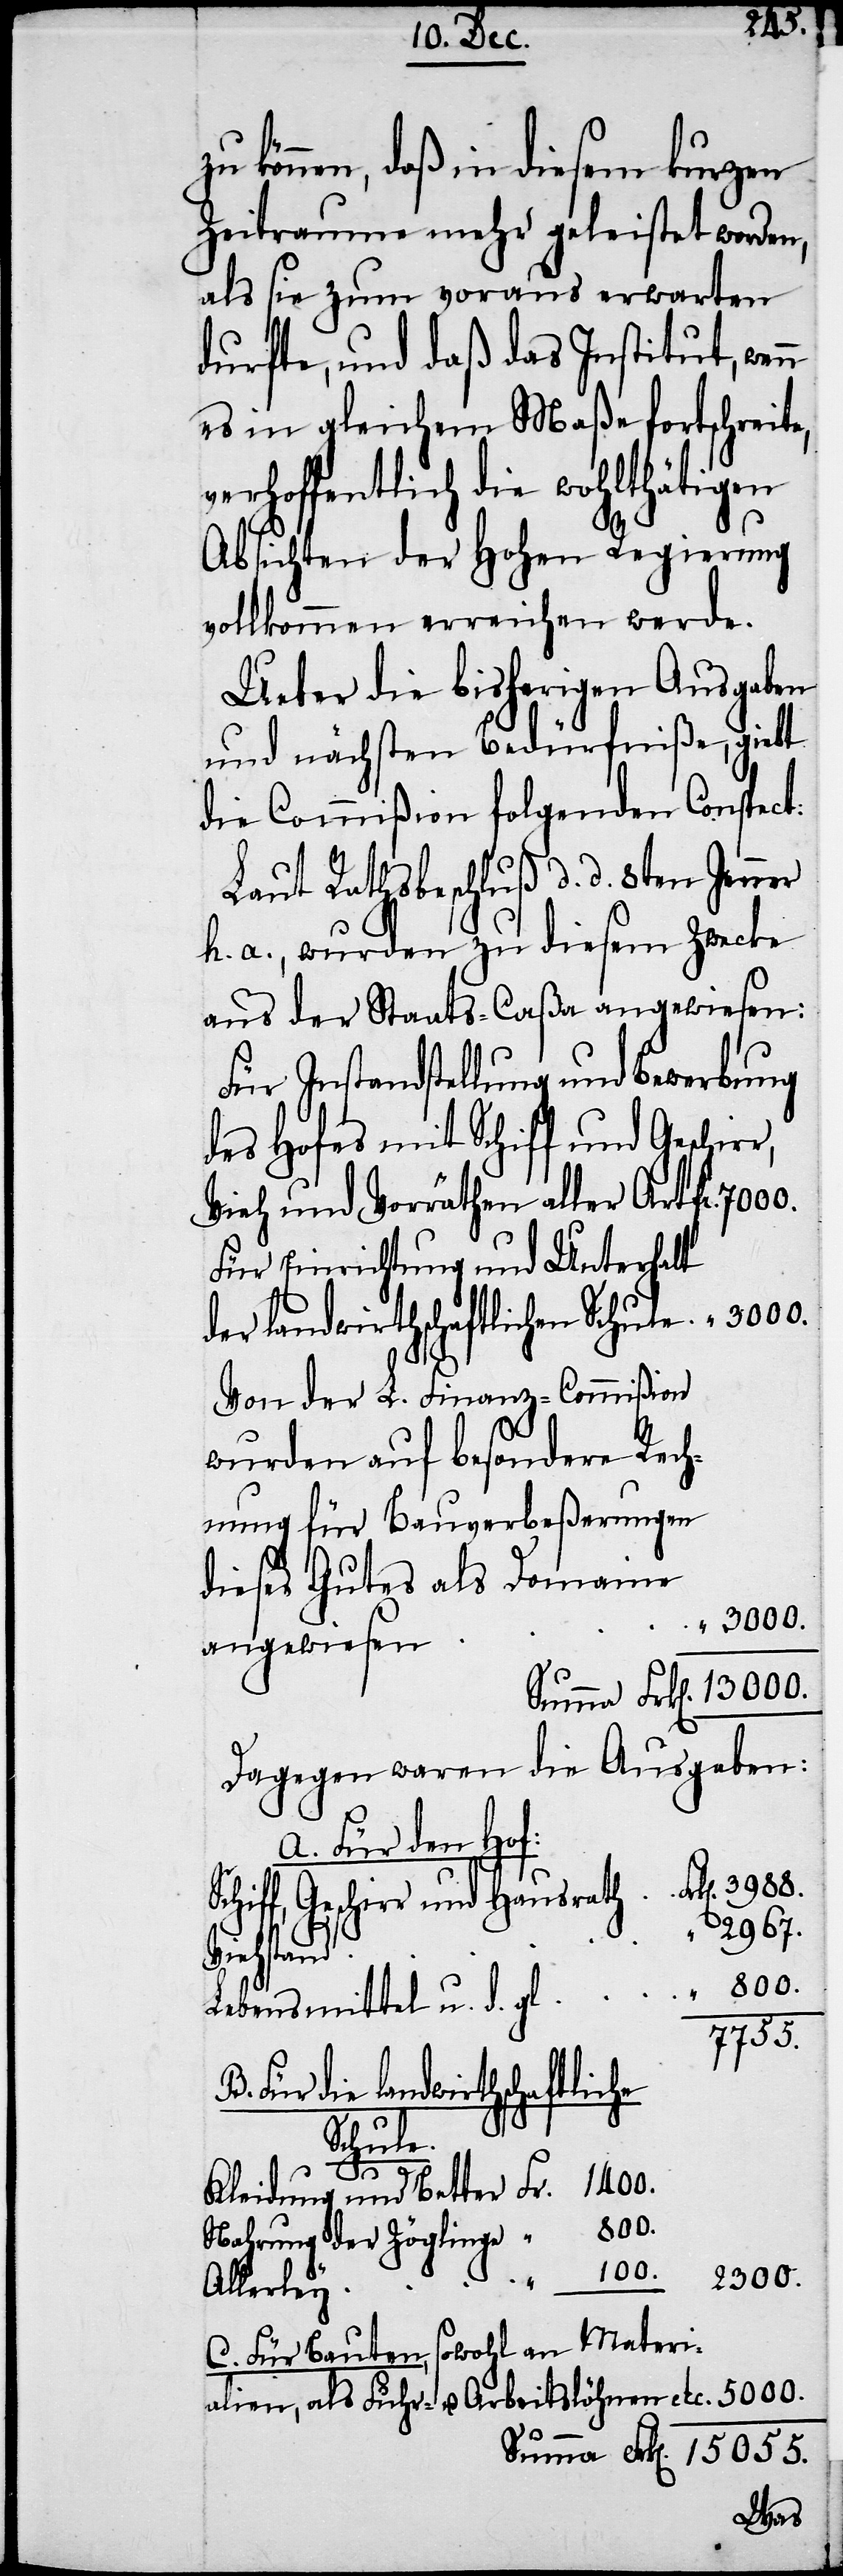
können, daß in diesem kurzen
Zeitraume mehr geleistet worden,
als sie zum voraus erwarten
durfte, und daß das Institut, wen¬
es in gleichem Maße fortschreite,
verhoffentlich die wohlthätigen
Absichten der Hohen Regierung
vollkommen erreichen werde.
Ueber die bisherigen Ausgaben
und nächsten Bedürfniße, giebt
die Commißion folgenden Conspect:
Laut Rathsbeschluß d. d. 8ten Jenner
h. a., wurden zu diesem Zwecke
aus der Staats-Caßa angewiesen:
Für Instandstellung und Bewerbung
des Hofes mit Schiff und Geschirr,
Vieh und Vorräthen aller Art
Für Einrichtung und Unterhalt
die landwirthschaftliche Schule.
Von der L. Finanz-Commißion
wurden auf besondere Rech¬
nung für Bauverbeßerungen
dieses Gutes als Domaine
2300.
angewiesen
Dagegen waren die Ausgaben:
A. Für den Hof:
Schiff, Geschirr und Hausrath
2967.
Zöglinge
5000.
Lebensmittel u. d. gl.
15055.
der
Allerley
sowohl an Materi¬
C. Für Bauten,
alien, als Fuhr- u. Arbeitslöhnen etc.